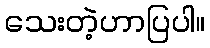
သေးတဲ့ဟာပြပါ။